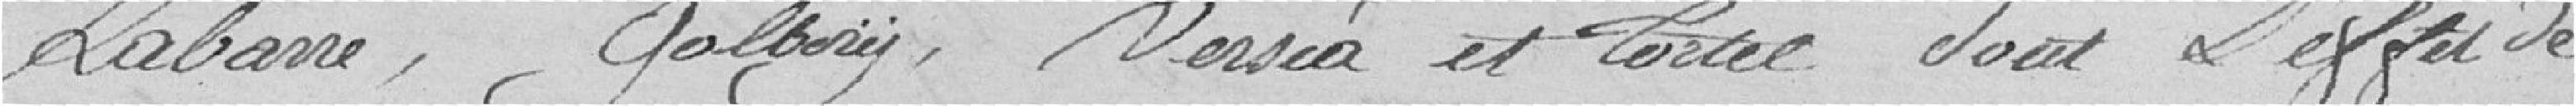
Labarre, Golbery, Versia et Tortel sous l'effet de